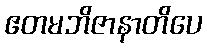
ဧတမဘိဇာနာတိပေ